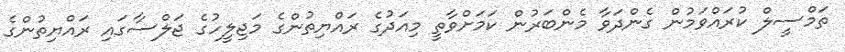
ތަމްސީލް ކުރައްވަމުން ގެންދަވާ މެންބަރުން ކަމަށްވާތީ މިއަދުގެ ރައްޔިތުންގެ މަޖިލީހުގެ ޖަލްސާގައި ރައްޔިތުންގެ